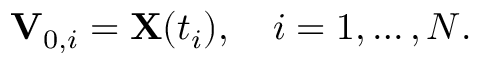
{ \bf V } _ { 0 , i } = { \bf X } ( t _ { i } ) , \quad i = 1 , \ldots , N .